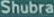
Shubra